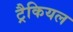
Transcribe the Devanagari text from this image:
ट्रैकियल